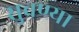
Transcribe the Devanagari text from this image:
सुचण्या